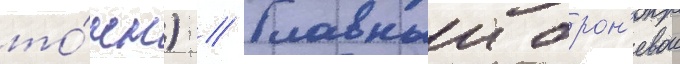
то́нн) // Главныи брон'евои